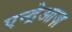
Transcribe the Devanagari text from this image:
एन्द्रेआज़